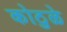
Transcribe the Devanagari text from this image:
कोठुळे